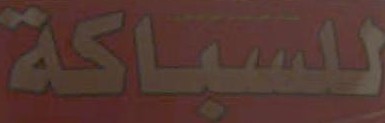
للسباكة